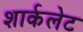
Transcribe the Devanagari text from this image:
शार्कलेट